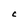
Character: C